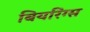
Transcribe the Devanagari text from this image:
बियरिंग्स